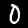
Label: 0